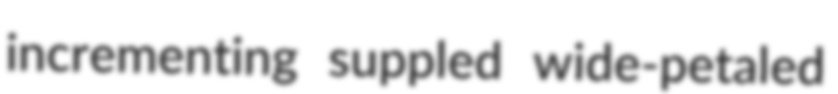
incrementing suppled wide-petaled